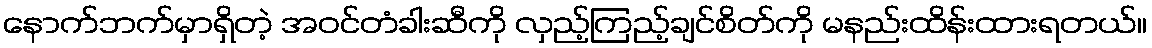
နောက်ဘက်မှာရှိတဲ့ အဝင်တံခါးဆီကို လှည့်ကြည့်ချင်စိတ်ကို မနည်းထိန်းထားရတယ်။